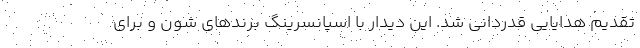
تقدیم هدایایی قدردانی شد. این دیدار با اسپانسرینگ برندهای شون و برای